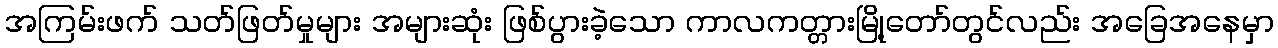
အကြမ်းဖက် သတ်ဖြတ်မှုများ အများဆုံး ဖြစ်ပွားခဲ့သော ကာလကတ္တားမြို့တော်တွင်လည်း အခြေအနေမှာ